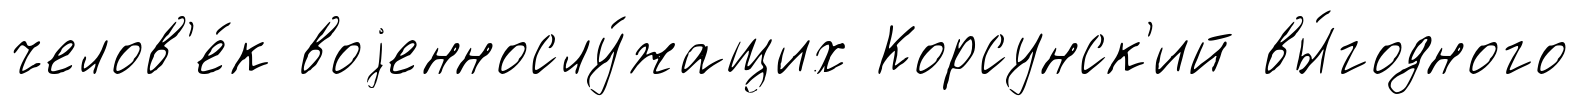
челов'е́к воjеннослу́жащих Корсунск'ий вы́годного